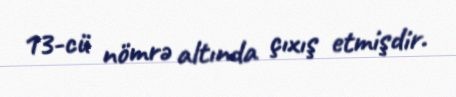
13-cü nömrə altında çıxış etmişdir.